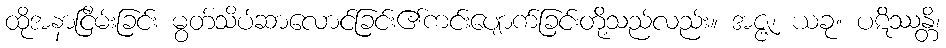
ထိုအနာငြိမ်းခြင်း မွတ်သိပ်ဆာလောင်ခြင်း၏ကင်းပျောက်ခြင်းတို့သည်လည်း။ အဇ္ဇ၊ ယခု။ ပဋိဿန္တိ၊